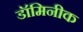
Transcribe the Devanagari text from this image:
डॉमिनीक